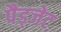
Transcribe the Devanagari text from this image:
पैड्जेट